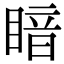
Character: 𪾲